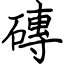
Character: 磚